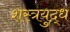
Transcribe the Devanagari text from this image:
शस्त्रयुद्ध